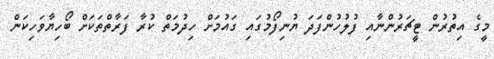
މީގެ އިތުރުން ޓީޗަރުންނާއި ފުލުހުންފަދަ ޔުނިފޯމުގައި ގައުމަށް ހިދުމަތް ކުރާ ފަރާތްތަކަށް ބޯހިޔާވަހިކަން